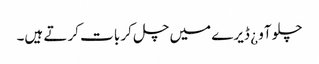
چلو آو ¿ ڈیرے میں چل کر بات کرتے ہیں۔